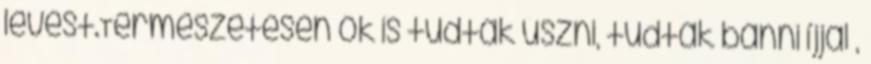
levést.Természetesen ők is tudtak úszni, tudtak bánni íjjal ,